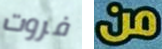
فروت من